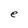
Character: e